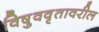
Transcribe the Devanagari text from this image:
विषुववृतावरील